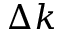
\Delta k